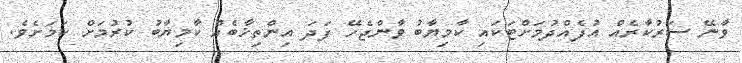
ވާނޭ ސަރުކާރެއް އުފެއްދުމަށްޓަކައި ކާމިޔާބު ވާންޖެހޭ ފަދަ އިންތިޚާބެއް ކާމިޔާބު ކުރުމަށް ކަމަށެވެ.